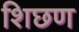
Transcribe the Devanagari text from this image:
शिछण